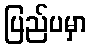
ပြည်ပမှာ